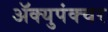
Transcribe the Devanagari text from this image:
ॲक्युपंक्चर